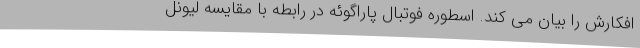
افکارش را بیان می کند. اسطوره فوتبال پاراگوئه در رابطه با مقایسه لیونل